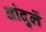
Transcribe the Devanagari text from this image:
आंदुर्ले